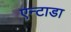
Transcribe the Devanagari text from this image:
एन्टाडा